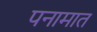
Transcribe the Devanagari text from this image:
पनामात